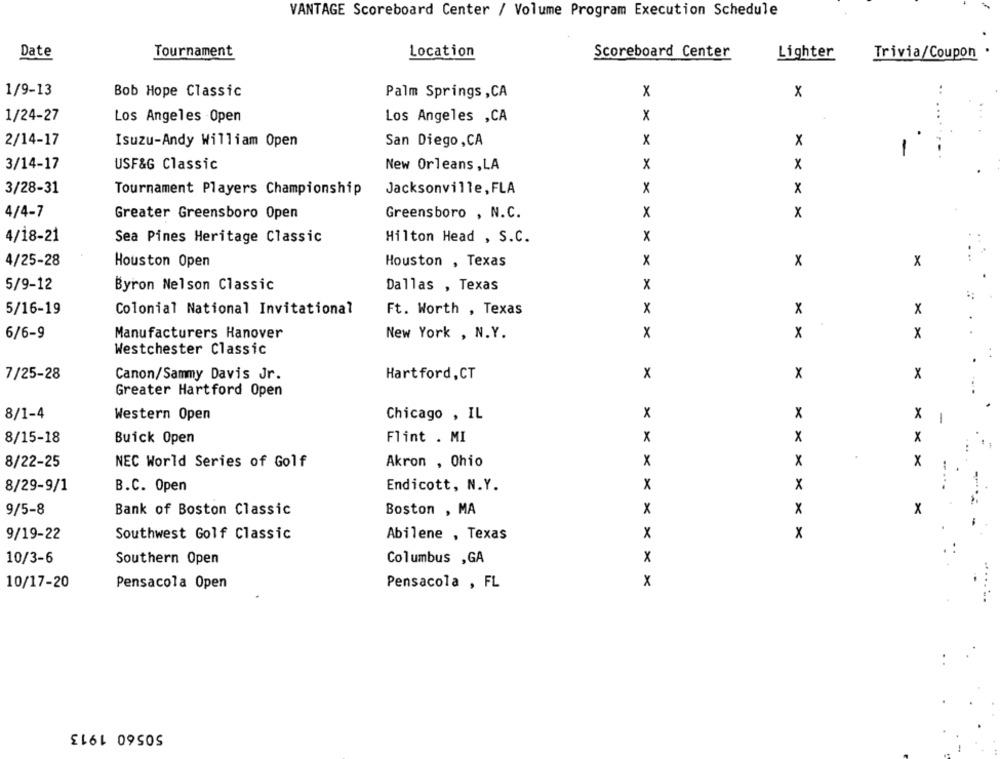
VANTAGE Scoreboard Center / Volume Program Execution Schedule
Date
Tournament
Location
Scoreboard Center
Lighter
Trivia/Coupon
1/9-13
Bob Hope Classic
Palm Springs ,CA
x
x
1/24-27
Los Angeles Open
Los Angeles ,CA
x
2/14-17
Isuzu-Andy William Open
San Diego, CA
x
x
3/14-17
USF&G Classic
New Orleans , LA
x
x
3/28-31
Jacksonville, FLA
x
X
Tournament Players Championship
4/4-7
Greater Greensboro Open
Greensboro , N.C.
x
x
4/18-21
Sea Pines Heritage Classic
Hilton Head , S.C.
x
4/25-28
Houston Open
Houston , Texas
X
x
X
5/9-12
Byron Nelson Classic
Dallas , Texas
X
5/16-19
Colonial National Invitational
Ft. Worth , Texas
x
x
x
6/6-9
Manufacturers Hanover
New York , N.Y.
X
x
x
Westchester Classic
.
7/25-28
Canon/Sammy Davis Jr.
Hartford, CT
x
x
x
Greater Hartford Open
8/1-4
Western Open
Chicago , IL
x
x
X
1
8/15-18
Buick Open
Flint . MI
x
x
x
8/22-25
NEC World Series of Golf
Akron , Ohio
X
x
X
x
x
8/29-9/1
B.C. Open
Endicott, N.Y.
9/5-8
Bank of Boston Classic
Boston , MA
x
x
x
9/19-22
Southwest Golf Classic
Abilene , Texas
X
x
10/3-6
Southern Open
Columbus ,GA
X
10/17-20
Pensacola , FL
x
Pensacola Open
50560 1913